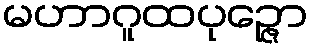
မဟာဂူထပုဉ္ဇော